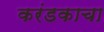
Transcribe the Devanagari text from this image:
करंडकाचा